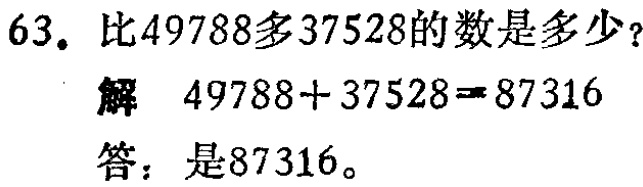
63. 比\(49788\)多\(37528\)的数是多少？

解 \(49788 + 37528 = 87316\)

答：是\(87316\)。